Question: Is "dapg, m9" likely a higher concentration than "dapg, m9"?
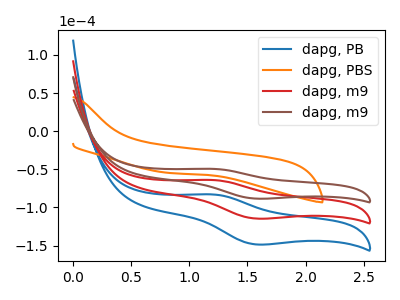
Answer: <think>The blue curve "dapg, PB" has an anodic peak at (1.20V, -128.00uA) and a cathodic peak at (1.55V, -229.10uA). The orange curve "dapg, PBS" has no peaks. The red curve "dapg, m9" has an anodic peak at (1.20V, -64.00uA) and a cathodic peak at (1.55V, -114.55uA). The brown curve "dapg, m9" has an anodic peak at (1.20V, -49.40uA) and a cathodic peak at (1.55V, -88.40uA).
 All the peaks in "dapg, m9" have a peak in "dapg, m9" at the same potential.</think>
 <answer>I cant tell if "dapg, m9" or "dapg, m9" has more signal.</answer>
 <eval>mixed_signal</eval>